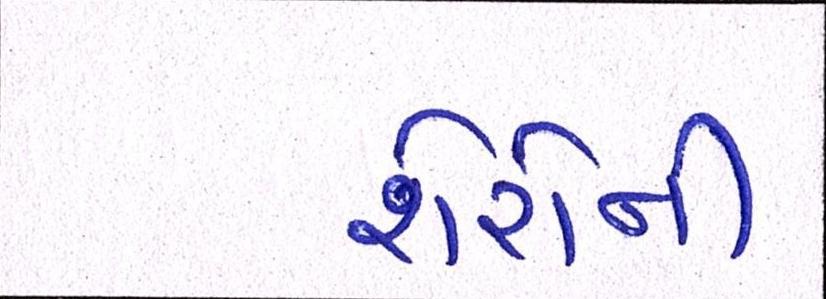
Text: શેરોની